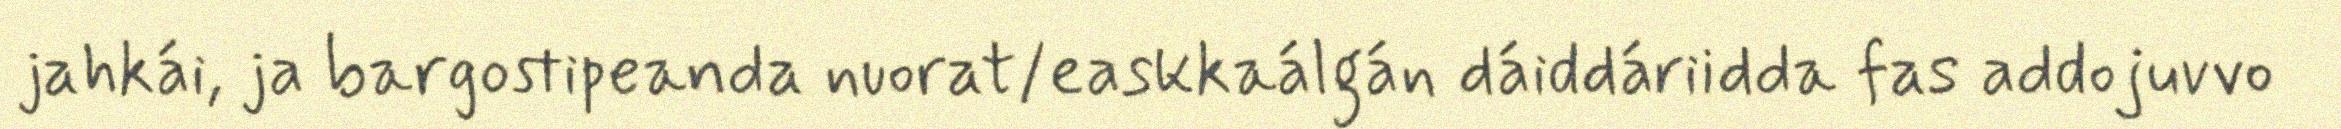
jahkái, ja bargostipeanda nuorat/easkkaálgán dáiddáriidda fas addojuvvo